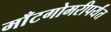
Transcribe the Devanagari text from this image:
माँटगोमरीपर्यंत